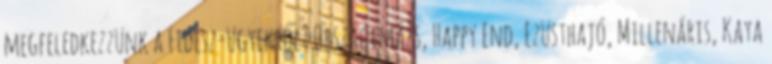
megfeledkezzünk a Fidesz-ügyekről? Országimázs, Happy End, Ezüsthajó, Millenáris, Kaya